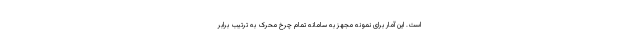
است. این آمار برای نمونه مجهز به سامانه تمام چرخ محرک به ترتیب برابر